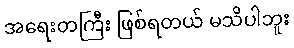
အရေးတကြီး ဖြစ်ရတယ် မသိပါဘူး